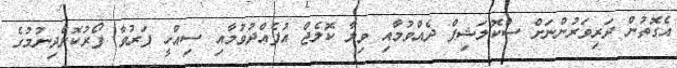
އެގޮތުން ދަރިވަރުންނަށް ސްކޮލަޝިޕް ދެއްވުމާއި ވިލާ ކޮލެޖް އުފެއްދުވުމާއި ސިއްހީ ފަރުވާ ފޯރުކޮށްދިނުމުގެ